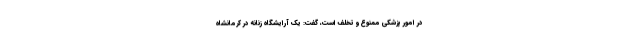
در امور پزشکی ممنوع و تخلف است، گفت: یک آرایشگاه زنانه در کرمانشاه